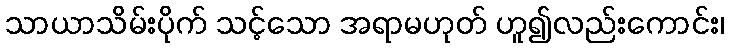
သာယာသိမ်းပိုက် သင့်သော အရာမဟုတ် ဟူ၍လည်းကောင်း၊